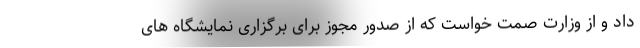
داد و از وزارت صمت خواست که از صدور مجوز برای برگزاری نمایشگاه های